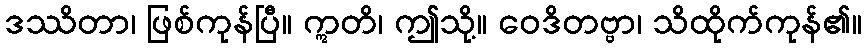
ဒဿိတာ၊ ဖြစ်ကုန်ပြီ။ ဣတိ၊ ဤသို့။ ဝေဒိတဗ္ဗာ၊ သိထိုက်ကုန်၏။